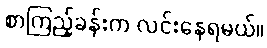
စာကြည့်ခန်းက လင်းနေရမယ်။